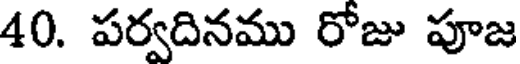
40. పర్వదినము రోజు పూజ